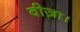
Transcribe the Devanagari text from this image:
वीज़ा।